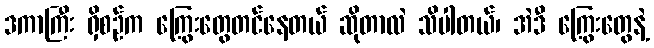
ဒကာကြီး ရှိစဉ်က ကြွေးတွေတင်နေတယ် ဆိုတာလဲ သိပါတယ်၊ အဲဒီ ကြွေးတွေနဲ့